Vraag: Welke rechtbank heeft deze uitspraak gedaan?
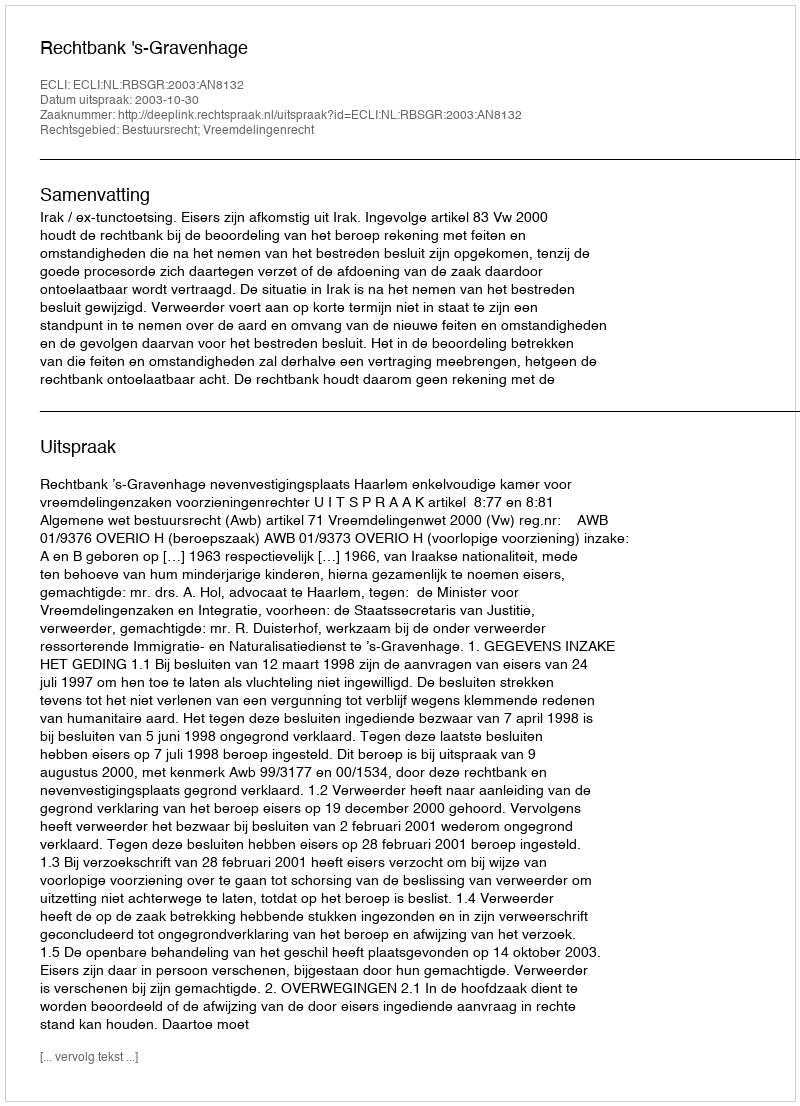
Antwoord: Rechtbank 's-Gravenhage